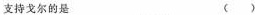
支持戈尔的是( )